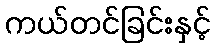
ကယ်တင်ခြင်းနှင့်